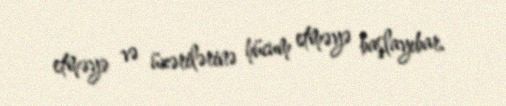
etməyə və üzərilərinə hücum etməyə başlayıbar.